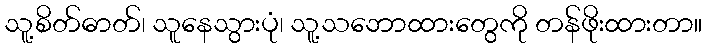
သူ့စိတ်ဓာတ်၊ သူနေသွားပုံ၊ သူ့သဘောထားတွေကို တန်ဖိုးထားတာ။